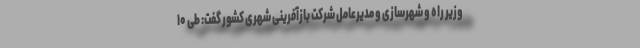
وزیر راه و شهرسازی و مدیرعامل شرکت بازآفرینی شهری کشور گفت: طی ۱۰